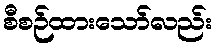
စီစဉ်ထားသော်လည်း